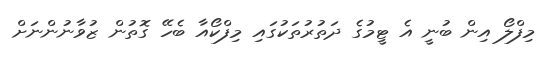
މިފްލޯ އިން ބުނީ އެ ޓީމުގެ ދަތުރުތަކުގައި މިފްކޯއާ ބެހޭ ގޮތުން ޒުވާނުންނަށް